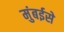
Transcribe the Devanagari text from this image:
मुंबईसे